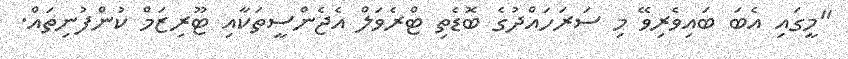
"މީގައި އެބަ ބައިވެރިވޭ މި ސަރަހައްދުގެ ބޮޑެތި ޓްރެވަލް އެޖެންސީތަކާއި ޓޫރިޒަމް ކުންފުނިތައް.